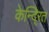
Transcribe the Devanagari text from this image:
केन्दि्रत